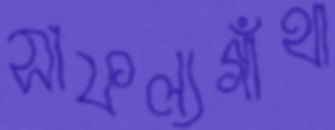
সাফল্যগাঁথা